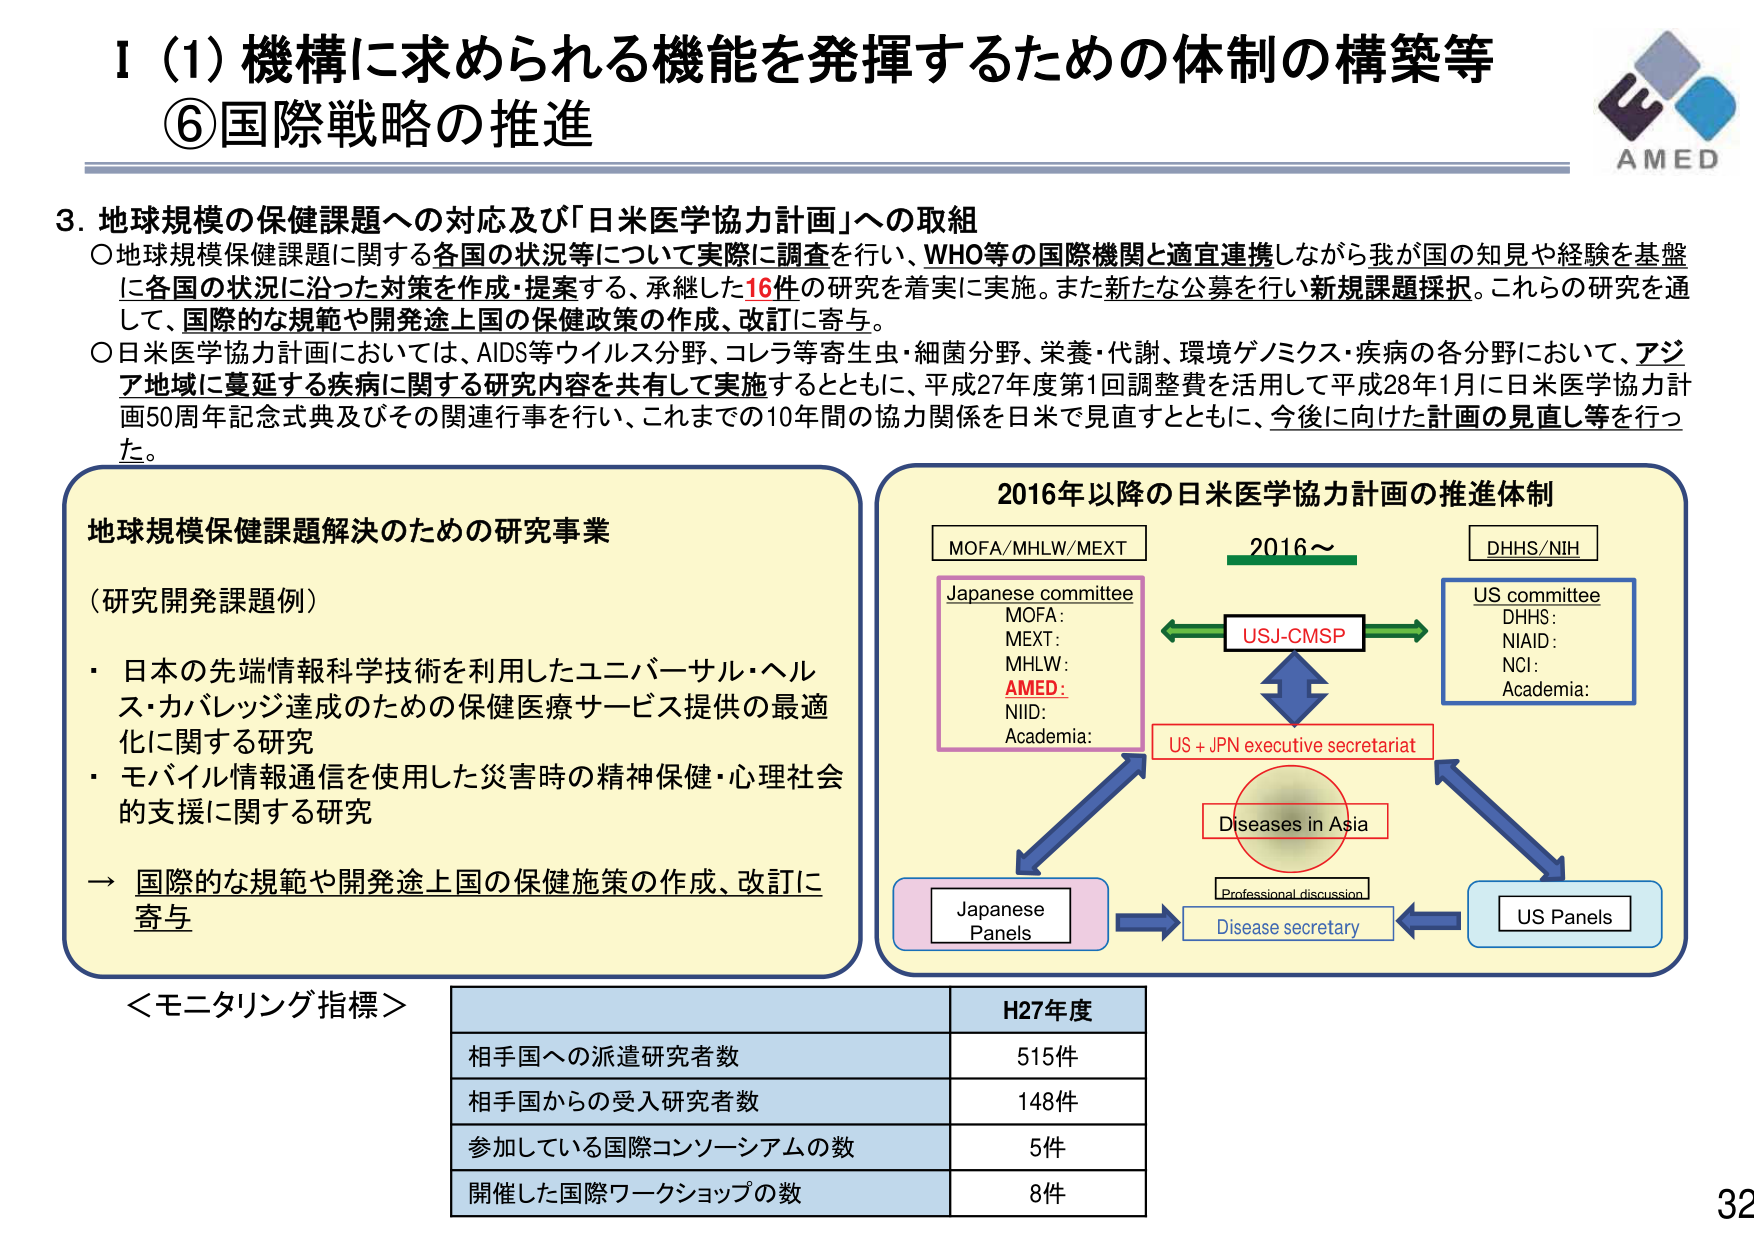
I (1) 機構に求められる機能を発揮するための体制の構築等
⑥国際戦略の推進

3. 地球規模の保健課題への対応及び「日米医学協力計画」への取組
○地球規模保健課題に関する各国の状況等について実際に調査を行い、WHO等の国際機関と適宜連携しながら我が国の知見や経験を基盤に各国の状況に沿った対策を作成・提案する、承継した16件の研究を着実に実施。また新たな公募を行い新規課題採択。これらの研究を通して、国際的な規範や開発途上国の保健政策の作成、改訂に寄与。
○日米医学協力計画においては、AIDS等ウイルス分野、コレラ等寄生虫・細菌分野、栄養・代謝、環境ゲノミクス・疾病の各分野において、アジア地域に蔓延する疾病に関する研究内容を共有して実施するとともに、平成27年度第1回調整費を活用して平成28年1月に日米医学協力計画50周年記念式典及びその関連行事を行い、これまでの10年間の協力関係を日米で見直すとともに、今後に向けた計画の見直し等を行った。

地球規模保健課題解決のための研究事業
（研究開発課題例）
・日本の先端情報科学技術を利用したユニバーサル・ヘルス・カバレッジ達成のための保健医療サービス提供の最適化に関する研究
・モバイル情報通信を使用した災害時の精神保健・心理社会的支援に関する研究
→ 国際的な規範や開発途上国の保健施策の作成、改訂に寄与

2016年以降の日米医学協力計画の推進体制
MOFA/MHLW/MEXT
Japanese committee
MOFA:
MEXT:
MHLW:
AMED:
NIID:
Academia:
USJ-CMSP
US + JPN executive secretariat
Diseases in Asia
Professional discussion
Disease secretary
US Panels
DHHS/NIH
US committee
DHHS:
NIAID:
NCI:
Academia:
2016～

＜モニタリング指標＞
H27年度
相手国への派遣研究者数 515件
相手国からの受入研究者数 148件
参加している国際コンソーシアムの数 5件
開催した国際ワークショップの数 8件

AMED
32